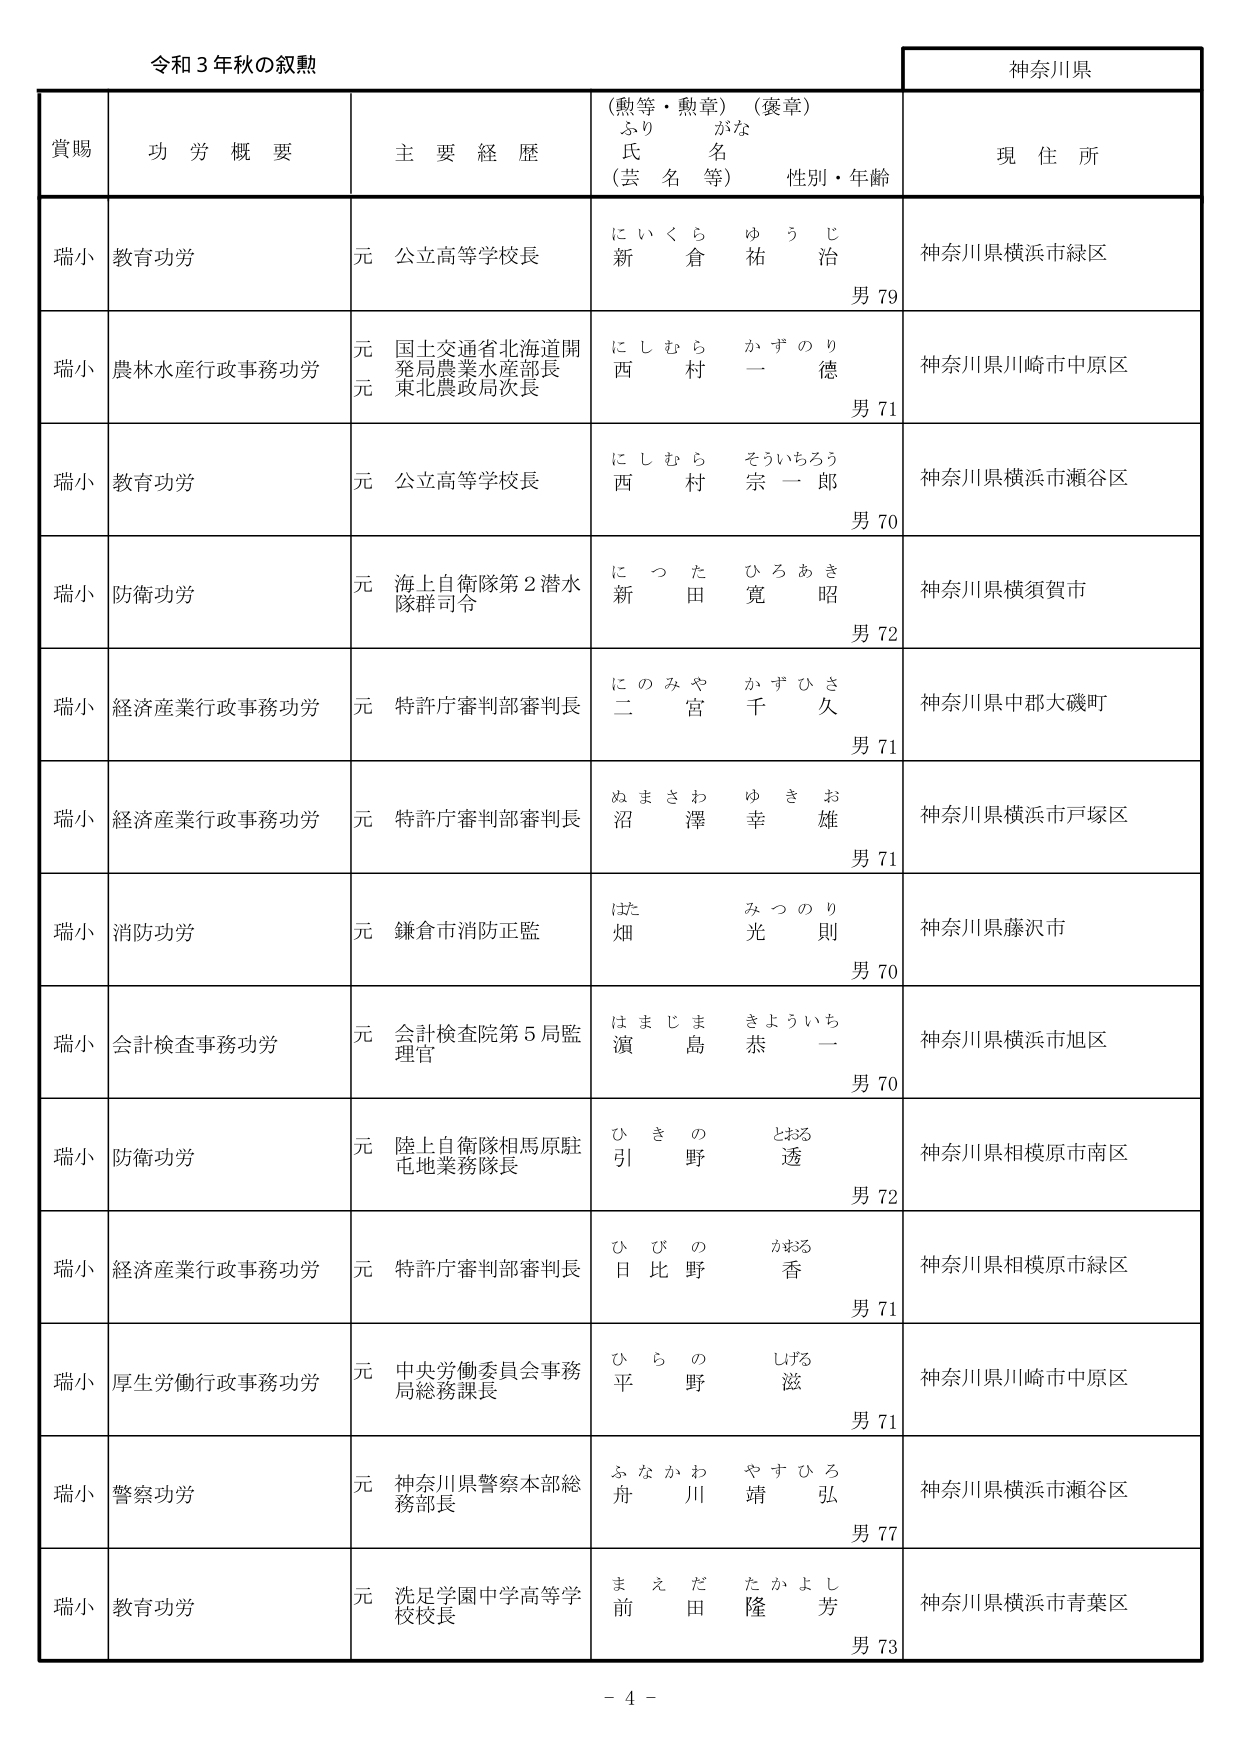
令和３年秋の叙勲

神奈川県

賞賜　　功労概要　　主要経歴　　（勲等・勲章）（褒章）　　現住所
　　　　　　　　　　　ふりがな